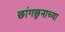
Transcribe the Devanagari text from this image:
छांगछुनाच्या